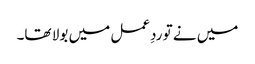
میں نے تو ردِعمل میں بولا تھا۔